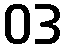
ဝဒ